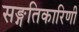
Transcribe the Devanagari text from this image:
सङ्गतिकारिणी